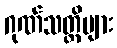
ဂုဏ်သတ္တိများ